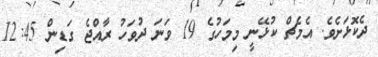
ދެކޮޅަށެވެ. އެމެޗް ކުޅޭނީ މިމަހުގެ 19 ވަނަ ދުވަހު ރާއްޖެ ގަޑިން 12:45